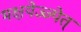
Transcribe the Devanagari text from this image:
भक्षयेज्ज्पेत्